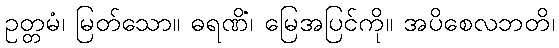
ဥတ္တမံ၊ မြတ်သော။ ဓရဏိံ၊ မြေအပြင်ကို။ အပိစေလဘတိ၊